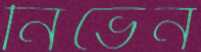
নিভেন